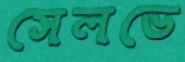
সেলভে